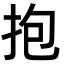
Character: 抱